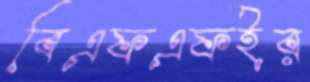
বিএফএফইর